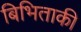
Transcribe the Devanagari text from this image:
बिभिताकी